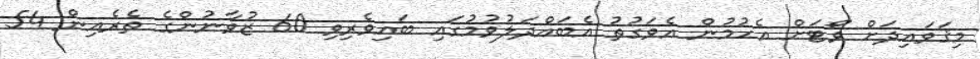
މިޤަވައިދަށް ވޯޓަށް އެހުމުން އެވަގުތު އެބައްދަލުވުމުގައި ބައިވެރިވި 60 ޒުވާނުންގެ ތެރެއިން 54